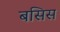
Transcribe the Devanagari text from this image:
बसिस